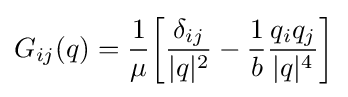
G_{ij}(q)={\frac {1}{\mu }}{\bigg [}{\frac {\delta _{ij}}{|q|^{2}}}-{\frac {1}{b}}{\frac {q_{i}q_{j}}{|q|^{4}}}{\bigg ]}